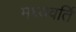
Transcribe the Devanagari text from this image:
मध्यवर्ति